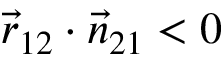
\vec { r } _ { 1 2 } \cdot \vec { n } _ { 2 1 } < 0